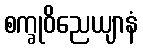
စက္ခုဝိညေယျာနံ